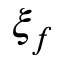
\xi _ { f }